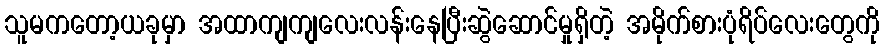
သူမကတော့ယခုမှာ အထာကျကျလေးလန်းနေပြီးဆွဲဆောင်မှုရှိတဲ့ အမိုက်စားပုံရိပ်လေးတွေကို